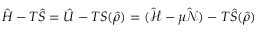
\hat { H } - T \hat { S } = \hat { U } - T S ( \hat { \rho } ) = ( \hat { \mathcal { H } } - \mu \hat { \mathcal { N } } ) - T \hat { S } ( \hat { \rho } )